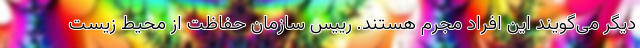
دیگر می‌گویند این افراد مجرم هستند. رییس سازمان حفاظت از محیط زیست